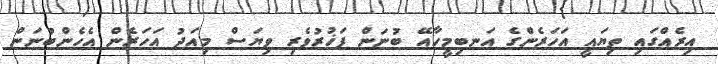
އިރެއްގައި ތިޔައީ އަހަރެންގެ އަނބިމީހާއޭ ބުނަން ފަޚުރުވެރި ވިޔަސް މިއަދު އަހަރެން އެހެންބުނަން